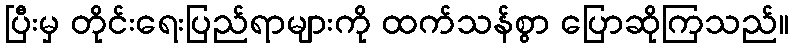
ပြီးမှ တိုင်းရေးပြည်ရာများကို ထက်သန်စွာ ပြောဆိုကြသည်။